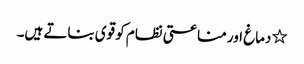
٭دماغ اور مناعتی نظام کو قوی بناتے ہیں۔